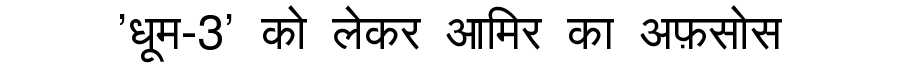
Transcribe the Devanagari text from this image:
'धूम-3' को लेकर आमिर का अफ़सोस